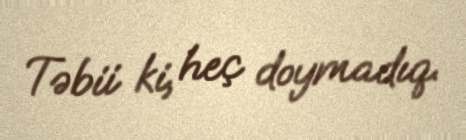
Təbii ki, heç doymadıq.